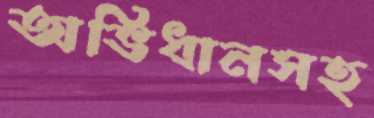
অভিধানসহ